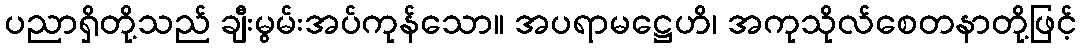
ပညာရှိတို့သည် ချီးမွမ်းအပ်ကုန်သော။ အပရာမဋ္ဌေဟိ၊ အကုသိုလ်စေတနာတို့ဖြင့်